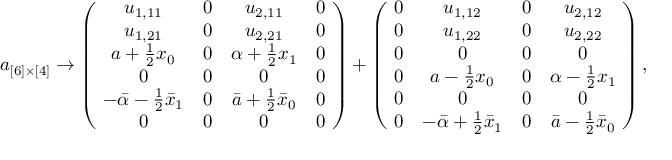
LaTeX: a _ { [ 6 ] \times [ 4 ] } \rightarrow \left( \! \begin{array} { c c c c } { { u _ { 1 , 1 1 } } } & { { 0 } } & { { u _ { 2 , 1 1 } } } & { { 0 } } \\ { { u _ { 1 , 2 1 } } } & { { 0 } } & { { u _ { 2 , 2 1 } } } & { { 0 } } \\ { { a + \frac { 1 } { 2 } x _ { 0 } } } & { { 0 } } & { { \alpha + \frac { 1 } { 2 } x _ { 1 } } } & { { 0 } } \\ { { 0 } } & { { 0 } } & { { 0 } } & { { 0 } } \\ { { - \bar { \alpha } - \frac { 1 } { 2 } \bar { x } _ { 1 } } } & { { 0 } } & { { \bar { a } + \frac { 1 } { 2 } \bar { x } _ { 0 } } } & { { 0 } } \\ { { 0 } } & { { 0 } } & { { 0 } } & { { 0 } } \end{array} \! \right) + \left( \! \begin{array} { c c c c } { { 0 } } & { { u _ { 1 , 1 2 } } } & { { 0 } } & { { u _ { 2 , 1 2 } } } \\ { { 0 } } & { { u _ { 1 , 2 2 } } } & { { 0 } } & { { u _ { 2 , 2 2 } } } \\ { { 0 } } & { { 0 } } & { { 0 } } & { { 0 } } \\ { { 0 } } & { { a - \frac { 1 } { 2 } x _ { 0 } } } & { { 0 } } & { { \alpha - \frac { 1 } { 2 } x _ { 1 } } } \\ { { 0 } } & { { 0 } } & { { 0 } } & { { 0 } } \\ { { 0 } } & { { - \bar { \alpha } + \frac { 1 } { 2 } \bar { x } _ { 1 } } } & { { 0 } } & { { \bar { a } - \frac { 1 } { 2 } \bar { x } _ { 0 } } } \end{array} \! \right) ,